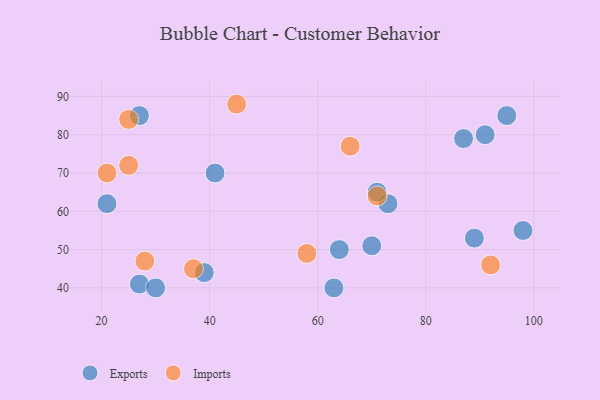
{"axis": {"x": "GDP", "y": "Life Expectancy"}, "legend": ["Exports", "Imports"], "data": [{"x": "39", "y": 44, "type": "Exports"}, {"x": "27", "y": 85, "type": "Exports"}, {"x": "21", "y": 62, "type": "Exports"}, {"x": "70", "y": 51, "type": "Exports"}, {"x": "27", "y": 41, "type": "Exports"}, {"x": "73", "y": 62, "type": "Exports"}, {"x": "63", "y": 40, "type": "Exports"}, {"x": "41", "y": 70, "type": "Exports"}, {"x": "64", "y": 50, "type": "Exports"}, {"x": "87", "y": 79, "type": "Exports"}, {"x": "89", "y": 53, "type": "Exports"}, {"x": "30", "y": 40, "type": "Exports"}, {"x": "98", "y": 55, "type": "Exports"}, {"x": "91", "y": 80, "type": "Exports"}, {"x": "71", "y": 65, "type": "Exports"}, {"x": "95", "y": 85, "type": "Exports"}, {"x": "21", "y": 70, "type": "Imports"}, {"x": "45", "y": 88, "type": "Imports"}, {"x": "28", "y": 47, "type": "Imports"}, {"x": "25", "y": 84, "type": "Imports"}, {"x": "66", "y": 77, "type": "Imports"}, {"x": "25", "y": 72, "type": "Imports"}, {"x": "58", "y": 49, "type": "Imports"}, {"x": "92", "y": 46, "type": "Imports"}, {"x": "37", "y": 45, "type": "Imports"}, {"x": "71", "y": 64, "type": "Imports"}]}